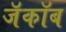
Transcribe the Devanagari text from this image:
जॅकॉब